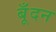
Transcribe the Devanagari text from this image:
बूँदन